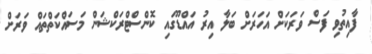
ފާއިތުވި ފަސް ވަރަކަށް އަހަރަށް ބަލާ އިރު އައްޑޫގައި ކޮންސްޓްރަކްޝަން މަސައްކަތްތައް ވަރަށް